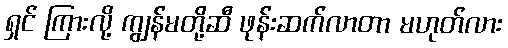
ရှင် ကြားလို့ ကျွန်မတို့ဆီ ဖုန်းဆက်လာတာ မဟုတ်လား